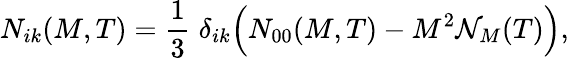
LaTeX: N_{ik}(M,T)=\frac{1}{3}\; \delta_{ik}\Big(N_{00}(M,T)-M^{2}{\cal N}_{M}(T)\Big),